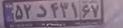
۵۲د۴۳۱۶۷